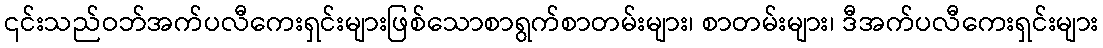
၎င်းသည်ဝဘ်အက်ပလီကေးရှင်းများဖြစ်သောစာရွက်စာတမ်းများ၊ စာတမ်းများ၊ ဒီအက်ပလီကေးရှင်းများ